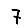
Digit: 7